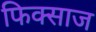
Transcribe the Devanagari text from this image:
फिक्साज